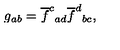
g _ { a b } = \overline { { f } } ^ { c } { } _ { a d } \overline { { f } } ^ { d } { } _ { b c } ,